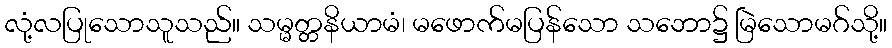
လုံ့လပြုသောသူသည်။ သမ္မတ္တနိယာမံ၊ မဖောက်မပြန်သော သဘော၌ မြဲသောမဂ်သို့။